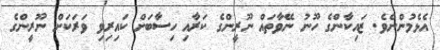
އެޅެމުންނެވެ. ޒައިކާންގެ ހޫނު ނޭވާާތައް ނޫރީންގެ ކަރާއި ހިސާބަށް ކައިރިވި ވަރަކަށް ނޫރީންގެ